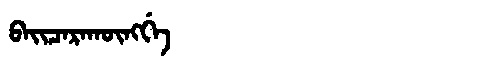
Manchu: ᠪᠠᡳᠴᠠᡵᠠᡴᡡᠩᡤᡝ
Romanization: BAICARAKŪNGGE